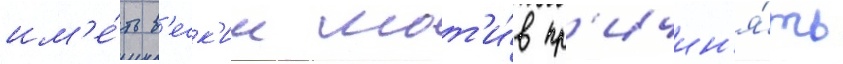
им'е́ть в'еск'ии мот'и́в пр'ичин'я́ть